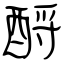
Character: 酹